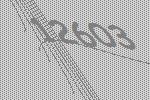
12603